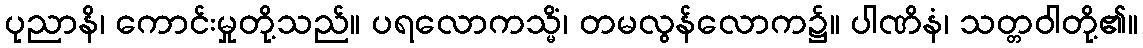
ပုညာနိ၊ ကောင်းမှုတို့သည်။ ပရလောကသ္မိံ၊ တမလွန်လောက၌။ ပါဏိနံ၊ သတ္တဝါတို့၏။